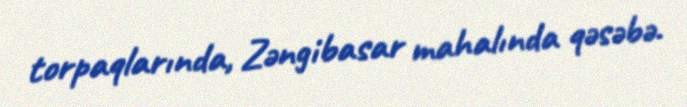
torpaqlarında, Zəngibasar mahalında qəsəbə.